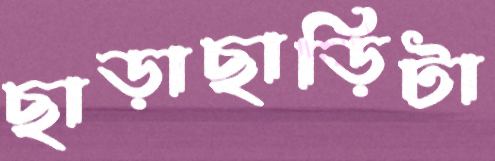
ছাড়াছাড়িটা